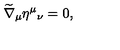
\widetilde { \nabla } _ { \mu } \eta ^ { \mu } { _ { \nu } } = 0 ,